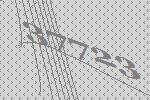
37723